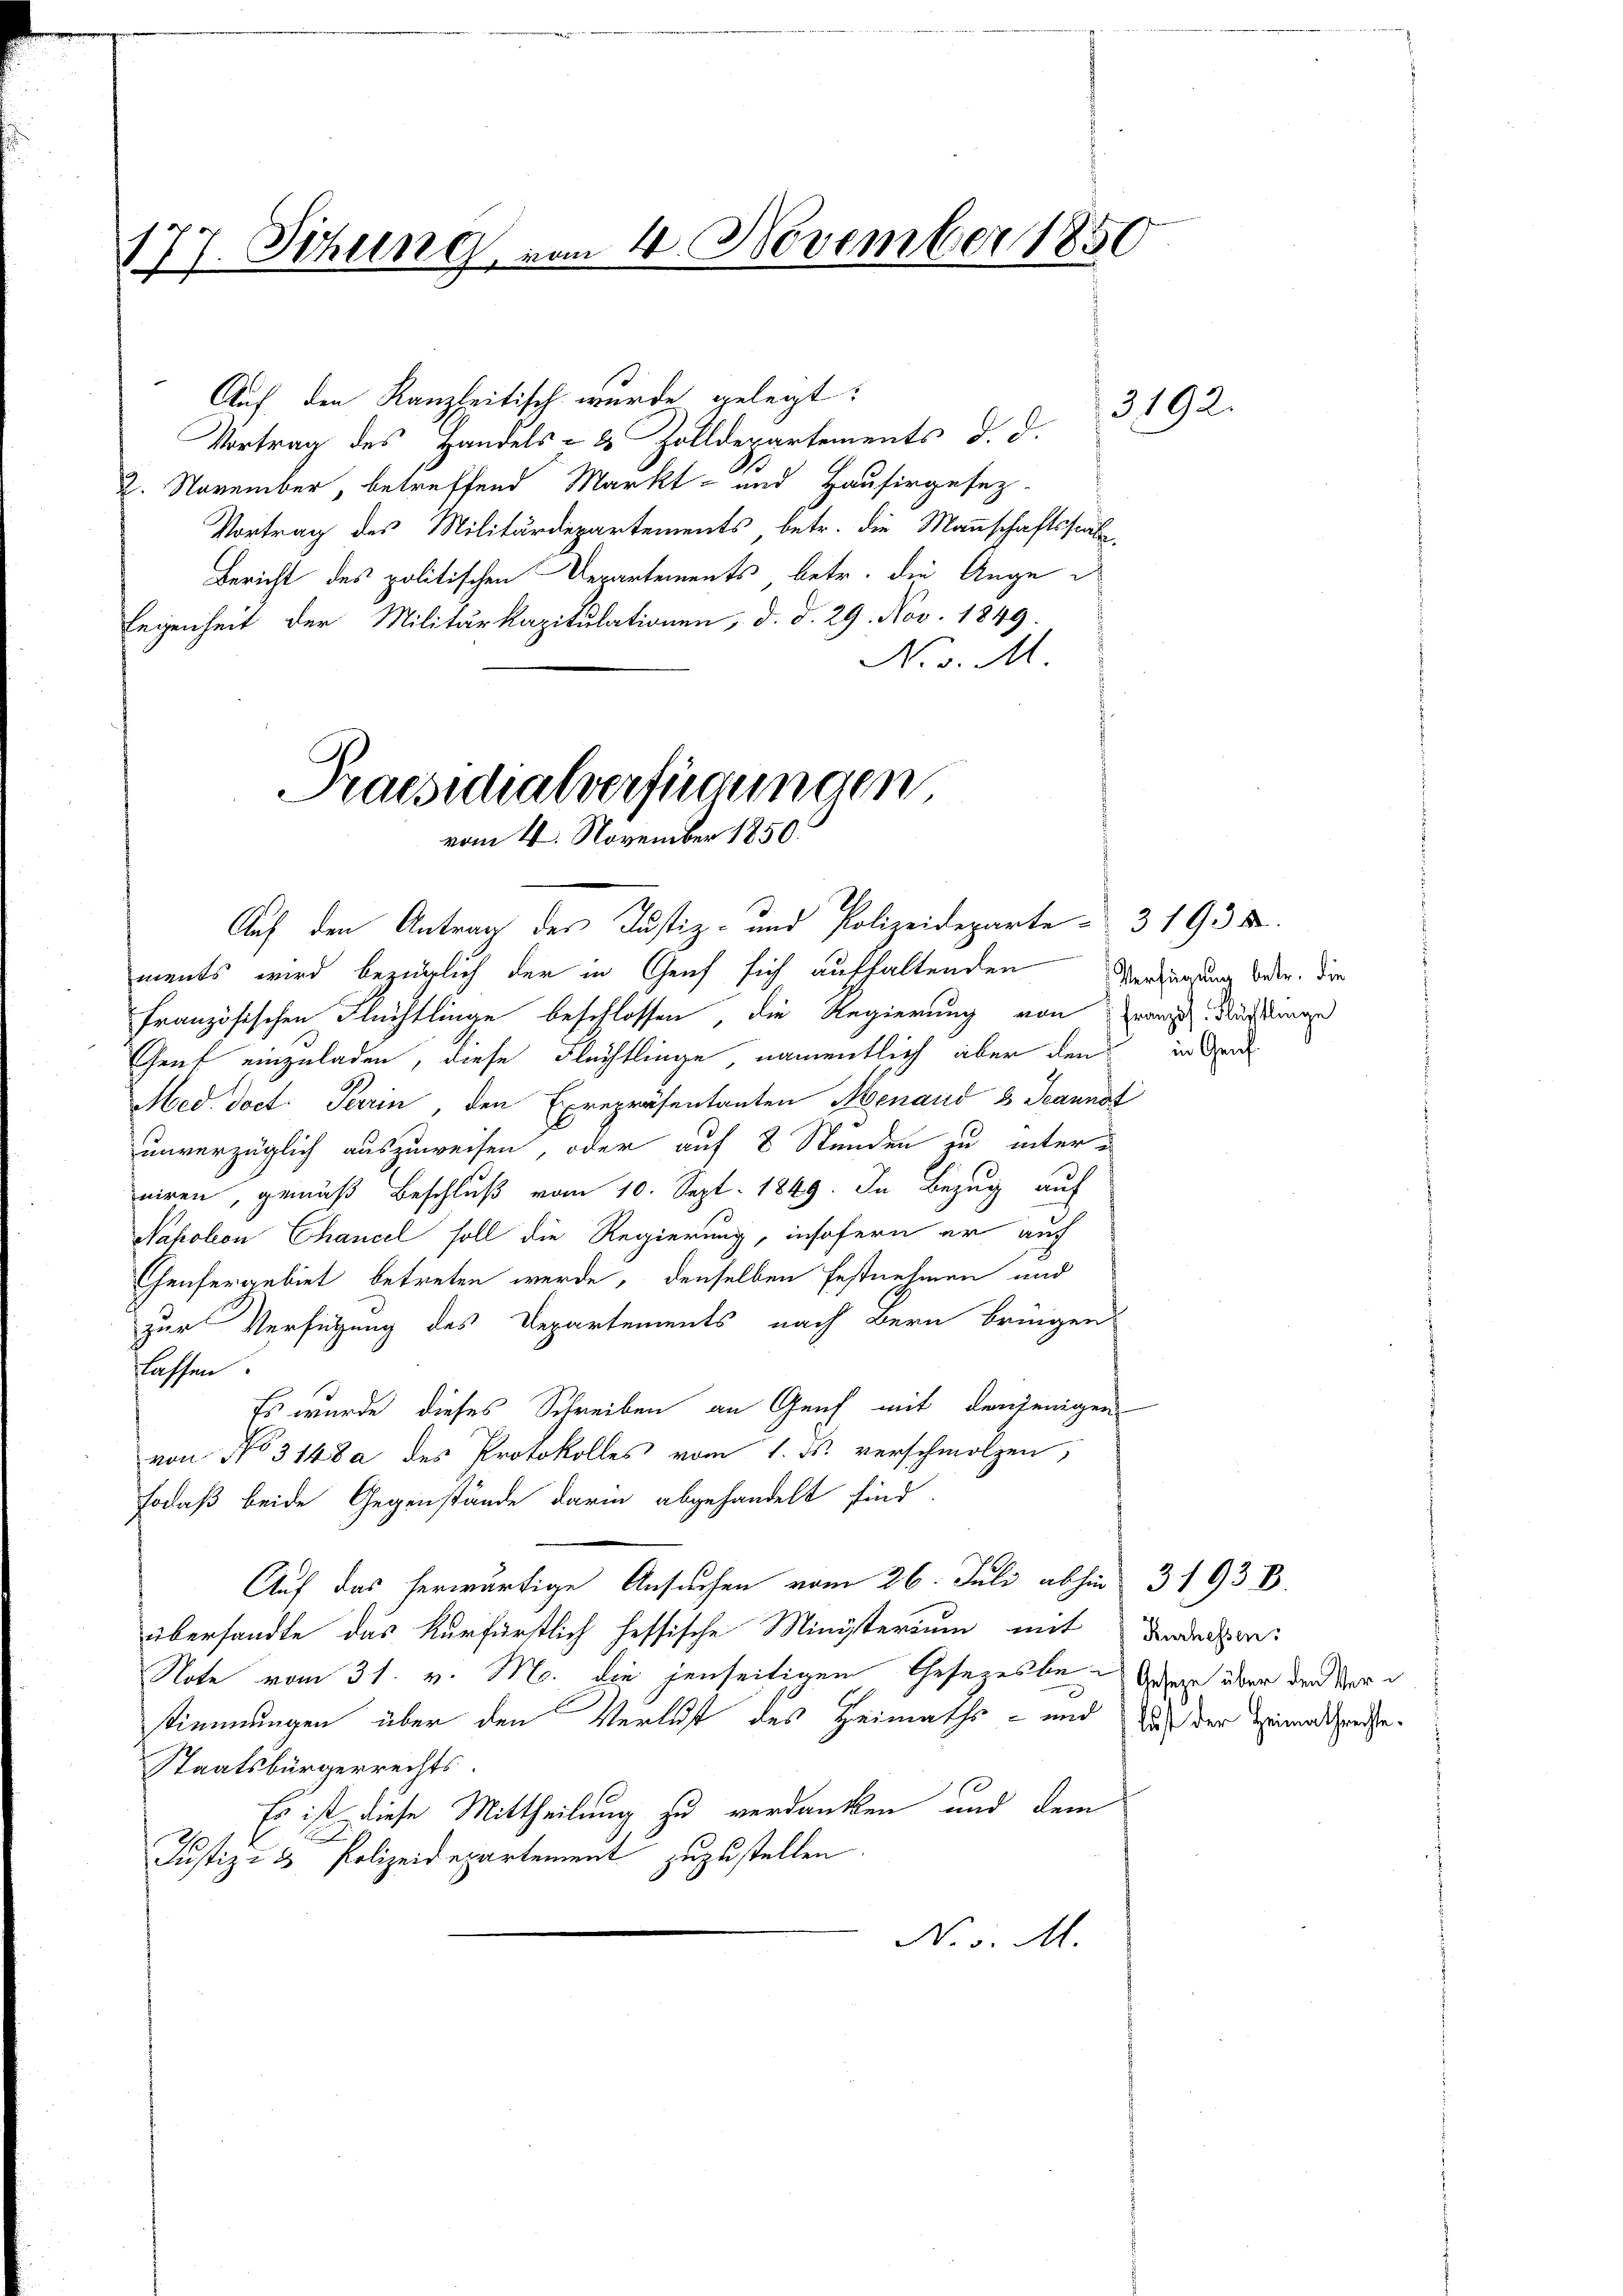
177. Sitzung vom 4. November 1850

Auf den Kanzleitisch wurde gelegt:
Vortrag des Handels- & Zolldepartements d. d.
2. November, betreffend Markt- und Hausirgesez¬
Vortrag des Militärdepartements betr. die Mannschaftsstat
Bericht des politischen Departements betr. die Auge
legenheit der Militärkapitulationen, d. d. 29. Nov. 1849.
No v. M

Praesidialverfügungen
vom 4. November 1850.

Auf den Antrag des Justiz- und Polizeideparte 31935.
ments wird bezüglich der in Genf sich aufhaltenden Verdienung beden, die
französischen Flüchtlinge beschlossen, die Regierung von Zwang Nüssen
Genf einzuladen, diese Flechtlinge namentlich aber den in de
Med. Doct. Perin, den Exrepräsentanten Menaud 8 Jeannat
unverzüglich auszuweisen, oder auf 8 Stunden zu interniren, gemäß Beschluß vom 10. Sept. 1849. In Bezug auf
Napolon Chancel soll die Regierung, insofern er auf
Teufergebiet betreten werde, denselben festnehmen und
zur Verfügung des Departements nach Bern bringen
lassen.
Es wurde dieses Schreiben an Genf mit denjenigen
von No 3148 des Protokolles vom 1. ds. verschmolzen,
sodaß beide Gegenstände darin abgehandelt sind
Auf das herwärtige Ansuchen vom 26. Juli abhin 3 1938.
übersandte das Kurfürstlich hessische Ministerium mit Badensee¬
Note vom 31. v. M. die jenseitigen Gesezesbe-Gear über der Vortimmungen über den Verlust des Heimaths- und aus der Heimatsprechte.
Staatsbürgerrechts.
Es ist diese Mittheilung zu verdanken und dem
Justiz- & Polizeidepartement zuzustellen.
N. v. M.

3192.